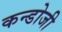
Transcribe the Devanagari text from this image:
कन्डोजी